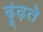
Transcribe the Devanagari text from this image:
ढ़ूंढ़ते